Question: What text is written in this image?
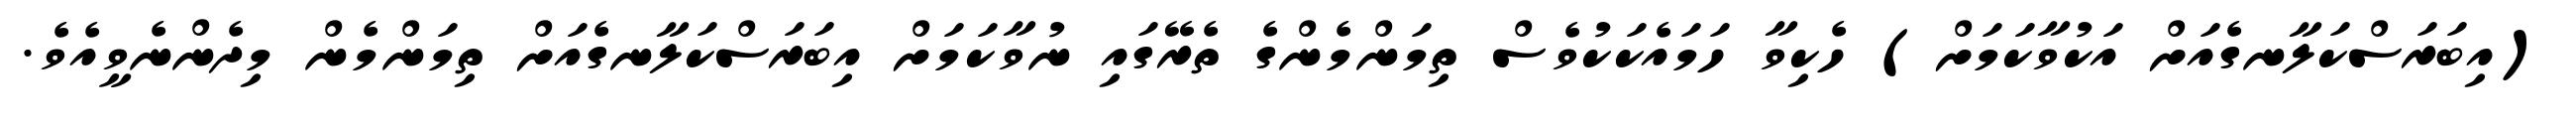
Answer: (އިބަރަސްކަލާނގެއަށް އަކުވާކަމަށް) ހެކިވާ ހަމައެކަކުވެސް ތިމަންމެންގެ ތެރޭގައި ނުވާކަމަށް އިބަރަސްކަލާނގެއަށް ތިމަންމެން މިދެންނެވީއެވެ.